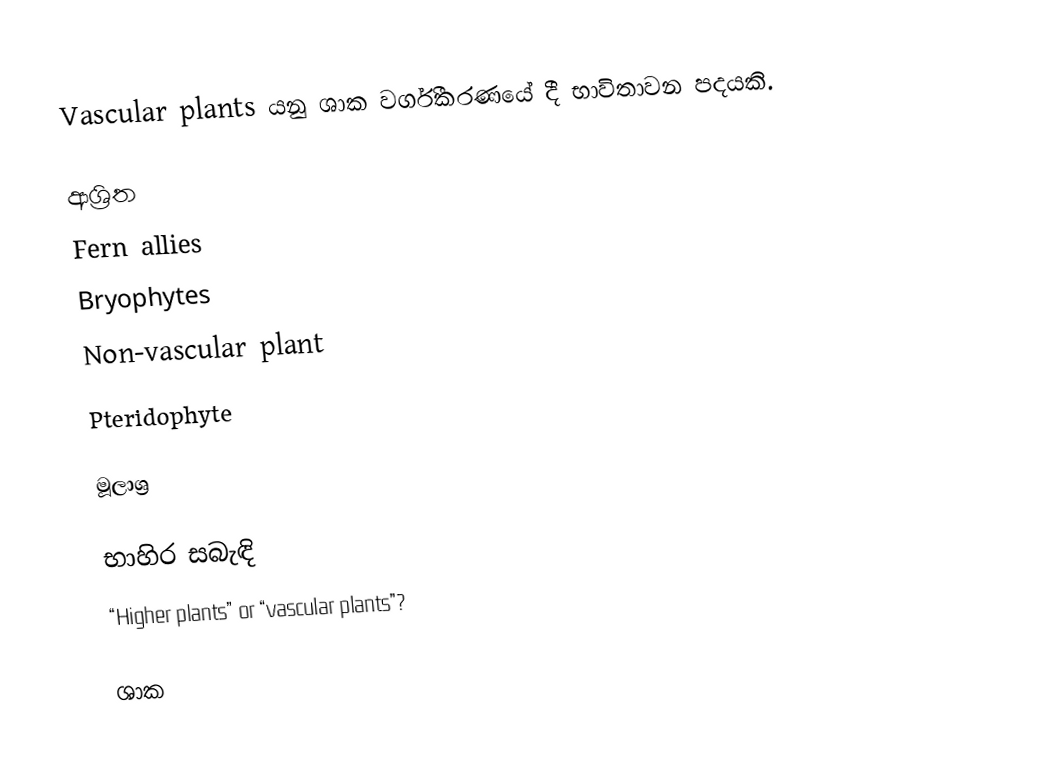
Vascular plants යනු ශාක වර්ගීකරණයේ දී භාවිතාවන පදයකි.

ආශ්‍රිත
Fern allies
Bryophytes
Non-vascular plant
Pteridophyte

මූලාශ්‍ර

භාහිර සබැඳි
“Higher plants” or “vascular plants”?

ශාක